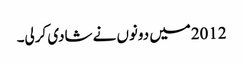
2012میں دونوں نے شادی کرلی۔